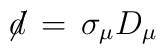
\not \! d \,=\, \sigma_\mu D_\mu